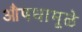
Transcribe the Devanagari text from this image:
औषधामूळे